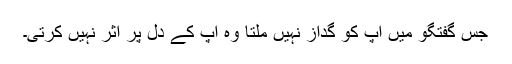
جس گفتگو میں آپ کو گداز نہیں ملتا وہ آپ کے دل پر اثر نہیں کرتی۔